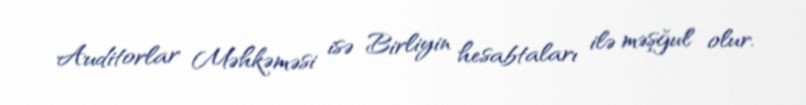
Auditorlar Məhkəməsi isə Birliyin hesabtaları ilə məşğul olur.